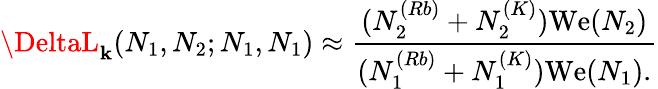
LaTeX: \DeltaL_{\mathbf{k}}(N_{1},N_{2};N_{1},N_{1})\approx\frac{{(N_{2}^{(Rb)}+N_{2}^{(K)}){\mathrm{{We}}}(N_{2})}}{{(N_{1}^{(Rb)}+N_{1}^{(K)}){\mathrm{{We}}(N_{1})}.}}